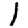
Digit: 1